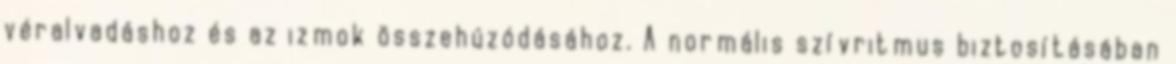
véralvadáshoz és az izmok összehúzódásához. A normális szívritmus biztosításában